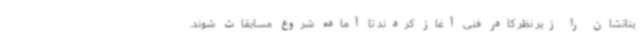
یناتشان را زیر نظر کادر فنی آغاز کردند تا آماده شروع مسابقات شوند.